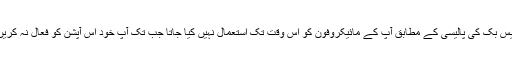
فیس بک کی پالیسی کے مطابق آپ کے مائیکروفون کو اس وقت تک استعمال نہیں کیا جاتا جب تک آپ خود اس آپشن کو فعال نہ کریں۔